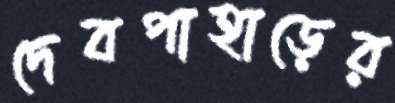
দেবপাহাড়ের